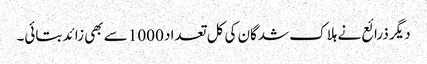
دیگر ذرائع نے ہلاک شدگان کی کل تعداد 1000 سے بھی زائد بتائی۔